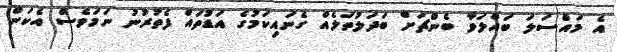
އެ މައްސަލަ ބައްލަވާ ބެންޗަށް ބަދަލުތަލެއް ގެނައިކަމުގެ އަޑުތައް ފެތުރުނު ނަމަވެސް އެކަން